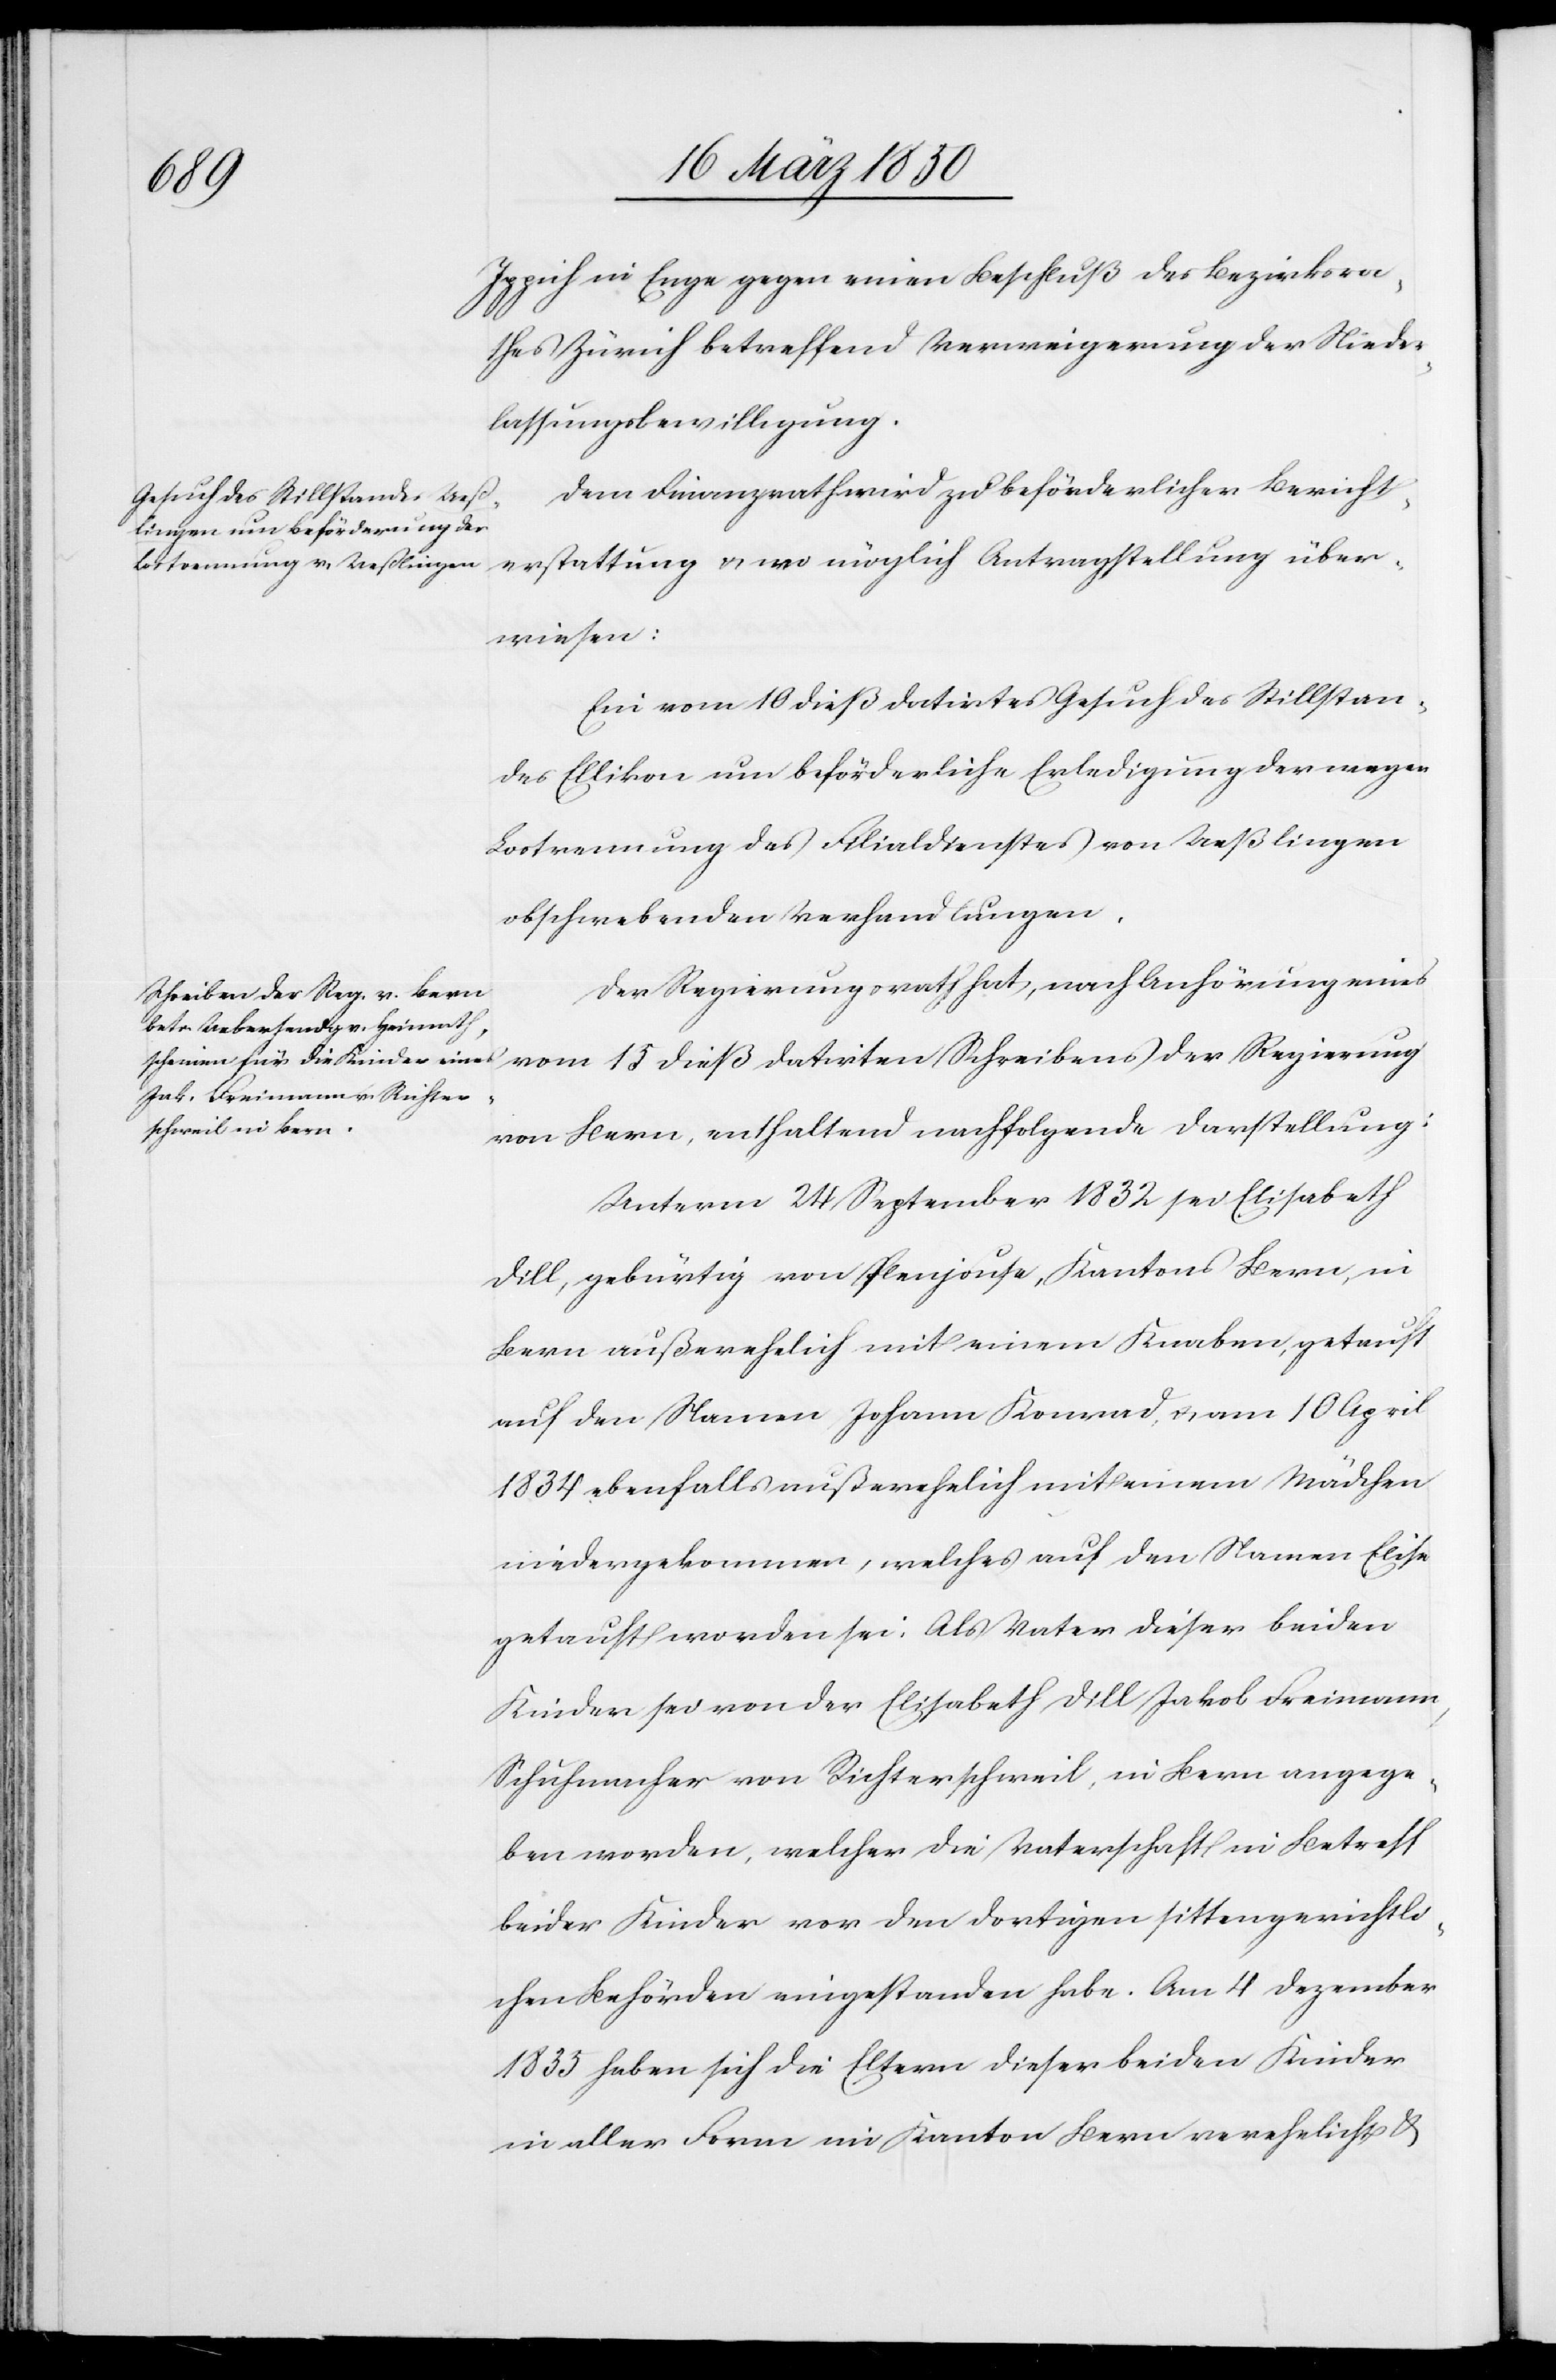
Ippich in Enge gegen einen Beschluß des Bezirksra¬
thes Zürich betreffend Verweigerung der Nieder¬
lassungsbewilligung.
Dem Finanzrath wird zu beförderlicher Bericht¬
erstattung u. wo möglich Antragstellung über¬
wiesen:
Ein vom 10 dieß datirtes Gesuch des Stillstan¬
des Ellikon um beförderliche Erledigung der wegen
Lostrennung des Filialdienstes von Ueßlingen
obschwebenden Verhandlungen.
Der Regierungsrath hat, nach Anhörung eines
von Bern, enthaltend nachfolgende Darstellung:
Unterm 24 September 1832 sei Elisabeth
Dill, gebürtig von Plenjouse, Kantons Bern, in
Bern außerehelich mit einem Knaben, getauft
auf den Namen Johann Konrad, u. am 10 April
1834 ebenfalls außerehelich mit einem Mädchen
niedergekommen, welches auf den Namen Elise
getauft worden sei. Als Vater dieser beiden
Kinder sei von der Elisabeth Dill Jakob Freimann,
Schuhmacher von Richterschweil, in Bern angege¬
ben worden, welcher die Vaterschaft in Betreff
beider Kinder vor den dortigen sittengerichtli¬
chen Behörden eingestanden habe. Am 4 Dezember
1835 haben sich die Eltern dieser beiden Kinder
in aller Form im Kanton Bern verehelicht &